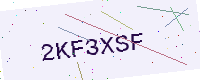
Text: 2KF3XSF